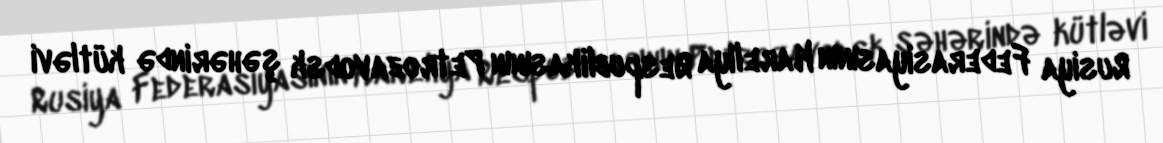
Rusiya Federasiyasının Kareliya Respublikasının Petrozavodsk şəhərində kütləvi